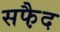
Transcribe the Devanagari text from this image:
सफै़द